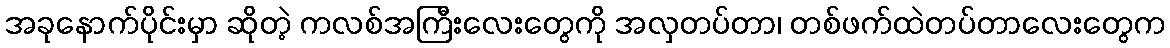
အခုနောက်ပိုင်းမှာ ဆိုတဲ့ ကလစ်အကြီးလေးတွေကို အလှတပ်တာ၊ တစ်ဖက်ထဲတပ်တာလေးတွေက